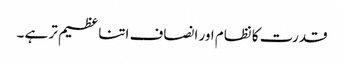
قدرت کا نظام اور انصاف اتنا عظیم تر ہے ۔